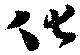
化